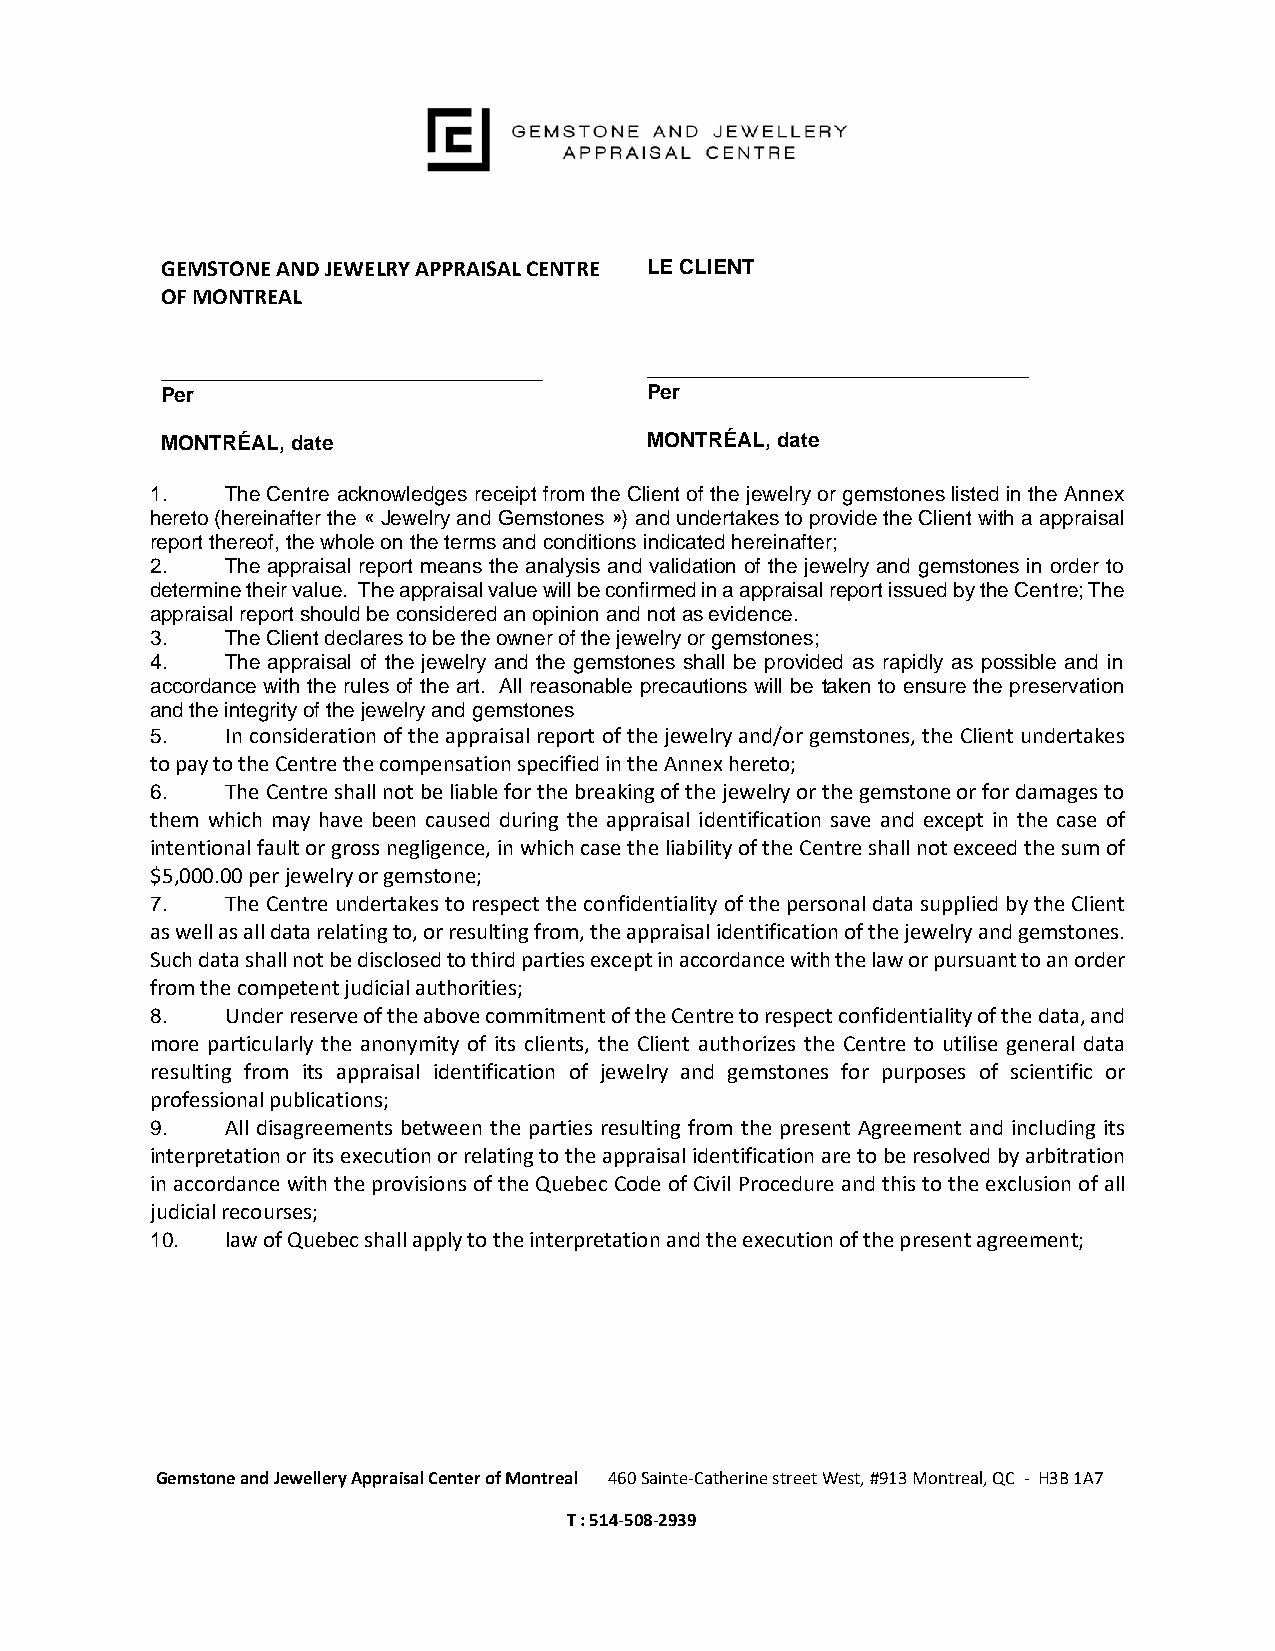
Si
 GEMSTONE AND JEWELRY APPRAISAL CENTRE LE CLIENT
 OF MONTREAL
 _________________________________ _________________________________
 Per                             Per
 MONTRÉAL, date                  MONTRÉAL, date
 1.   The Centre acknowledges receipt from the Client of the jewelry or gemstones listed in the Annex
 hereto (hereinafter the « Jewelry and Gemstones ») and undertakes to provide the Client with a appraisal
 report thereof, the whole on the terms and conditions indicated hereinafter;
 2.   The appraisal report means the analysis and validation of the jewelry and gemstones in order to
 determine their value. The appraisal value will be confirmed in a appraisal report issued by the Centre; The
 appraisal report should be considered an opinion and not as evidence.
 3.   The Client declares to be the owner of the jewelry or gemstones;
 4.   The appraisal of the jewelry and the gemstones shall be provided as rapidly as possible and in
 accordance with the rules of the art. All reasonable precautions will be taken to ensure the preservation
 and the integrity of the jewelry and gemstones
 5.   In consideration of the appraisal report of the jewelry and/or gemstones, the Client undertakes
 to pay to the Centre the compensation specified in the Annex hereto;
 6.   The Centre shall not be liable for the breaking of the jewelry or the gemstone or for damages to
 them which may have been caused during the appraisal identification save and except in the case of
 intentional fault or gross negligence, in which case the liability of the Centre shall not exceed the sum of
 $5,000.00 per jewelry or gemstone;
 7.   The Centre undertakes to respect the confidentiality of the personal data supplied by the Client
 as well as all data relating to, or resulting from, the appraisal identification of the jewelry and gemstones.
 Such data shall not be disclosed to third parties except in accordance with the law or pursuant to an order
 from the competent judicial authorities;
 8.   Under reserve of the above commitment of the Centre to respect confidentiality of the data, and
 more particularly the anonymity of its clients, the Client authorizes the Centre to utilise general data
 resulting from its appraisal identification of jewelry and gemstones for purposes of scientific or
 professional publications;
 9.   All disagreements between the parties resulting from the present Agreement and including its
 interpretation or its execution or relating to the appraisal identification are to be resolved by arbitration
 in accordance with the provisions of the Quebec Code of Civil Procedure and this to the exclusion of all
 judicial recourses;
 10.  law of Quebec shall apply to the interpretation and the execution of the present agreement;
 Gemstone and Jewellery Appraisal Center of Montreal 460 Sainte-Catherine street West, #913 Montreal, QC - H3B 1A7
 T : 514-508-2939